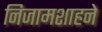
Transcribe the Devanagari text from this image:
निजामशाहने